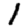
Digit: 1